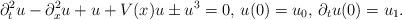
LaTeX: \begin{align*}\partial_{t}^2 u- \partial_x^2u+u+V(x)u\pm u^3=0,\,u(0)=u_0,\,\partial_tu(0)=u_1.\end{align*}